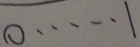
0 \cdots 1